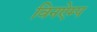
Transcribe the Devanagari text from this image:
विनऐम्प